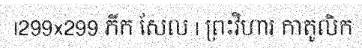
|299x299 ភីក សែល | ព្រះវិហារ កាតូលិក